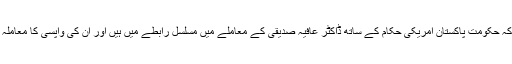
اس تحریری جواب میں بتایا گیا تھا کہ حکومت پاکستان امریکی حکام کے ساتھ ڈاکٹر عافیہ صدیقی کے معاملے میں مسلسل رابطے میں ہیں اور اُن کی واپسی کا معاملہ امریکی حکومت سے اُٹھا رہے ہیں۔